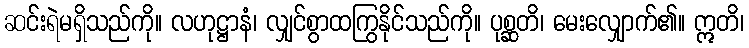
ဆင်းရဲမရှိသည်ကို။ လဟုဋ္ဌာနံ၊ လျှင်စွာထကြွနိုင်သည်ကို။ ပုစ္ဆတိ၊ မေးလျှောက်၏။ ဣတိ၊